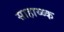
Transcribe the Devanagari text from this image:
साहाय्य्क